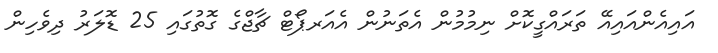
އައިއެންއައިއޭ ތަރައްގީކޮށް ނިމުމުން އެތަނުން އެއަރޕޯޓް ޗާޖްގެ ގޮތުގައި 25 ޑޮލަރު ދިވެހިން